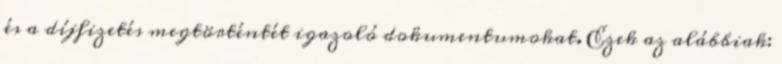
és a díjfizetés megtörténtét igazoló dokumentumokat. Ezek az alábbiak: